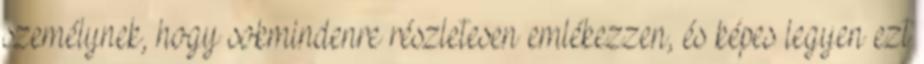
személynek, hogy sokmindenre részletesen emlékezzen, és képes legyen ezt